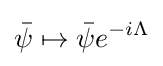
{\bar {\psi }}\mapsto {\bar {\psi }}e^{-i\Lambda }